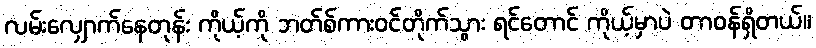
လမ်းလျှောက်နေတုန်း ကိုယ့်ကို ဘတ်စ်ကားဝင်တိုက်သွား ရင်တောင် ကိုယ့်မှာပဲ တာဝန်ရှိတယ်။